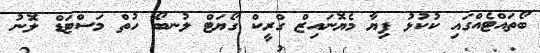
ބޯތައްޓެއްގައި ކުކުޅު ފިޔާ މެޔޮނައިޒް ގްރީކް ގޯޔަޓް ލުނބޯ ހުތް މަސްޓަޑް ލޮނު